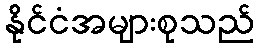
နိုင်ငံအများစုသည်